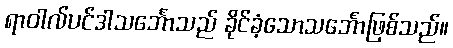
ရာဝါလ်ပင်ဒါသင်္ဘောသည် ခိုင်ခံ့သောသင်္ဘောဖြစ်သည်။